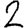
Digit: 2